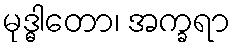
မုဒ္ဓါတော၊ အက္ခရာ